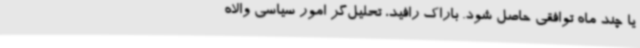
یا چند ماه توافقی حاصل شود. باراک رافید، تحلیل‌گر امور سیاسی والاه